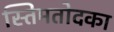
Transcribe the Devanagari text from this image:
स्तिमतोदका